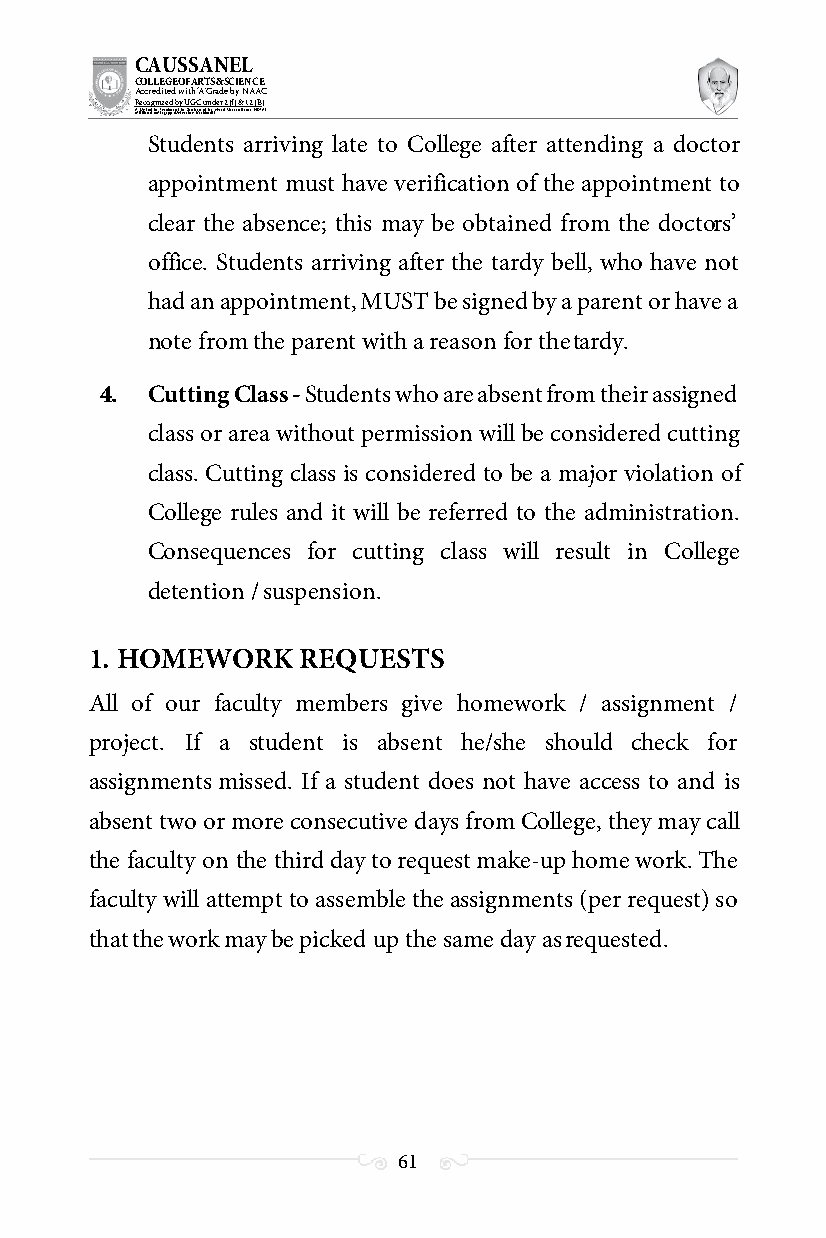
CAUSSANEL
 COLLEGE OF ARTS & SCIENCE
 Accredited with ‘A’ Grade by NAAC
 Recognized by UGC under 2 (f) & 12 (B)
 ((AA fUfilniaitt eodf ttoh eA Ilnasgtaitpuptae oUfn tihvee rBsirtoy,t hKerasr aoifk uthdei )S acred Heart of Jesus, INDIA)
 Students arriving late to College after attending a doctor
 appointment must have verification of the appointment to
 clear the absence; this may be obtained from the doctors’
 office. Students arriving after the tardy bell, who have not
 had an appointment, MUST be signed by a parent or have a
 note from the parent with a reason for the tardy.
 4. Cutting Class - Students who are absent from their assigned
 class or area without permission will be considered cutting
 class. Cutting class is considered to be a major violation of
 College rules and it will be referred to the administration.
 Consequences for cutting class will result in College
 detention / suspension.
 1. HOMEWORK   REQUESTS
 All of our faculty members give homework / assignment /
 project. If a student is absent he/she should check for
 assignments missed. If a student does not have access to and is
 absent two or more consecutive days from College, they may call
 the faculty on the third day to request make-up home work. The
 faculty will attempt to assemble the assignments (per request) so
 that the work may be picked up the same day as requested.
 61